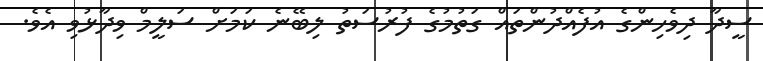
ސީދާ ދިވެހިންގެ އުފެއްދުންތައް ގަތުމުގެ ފުރުސަތު ލިބޭނެ ކަމަށް ސަލީމް ވިދާޅުވި އެވެ.